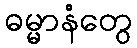
ဓမ္မာနံတွေ